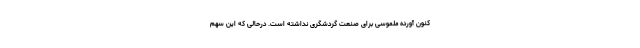
کنون آورده ملموسی برای صنعت گردشگری نداشته است. درحالی که این سهم